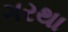
ગરથા